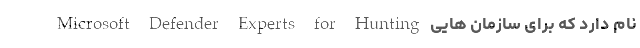
Microsoft Defender Experts for Hunting نام دارد که برای سازمان هایی